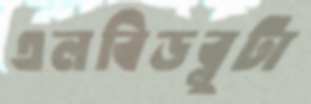
এলবিডব্লুটা